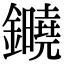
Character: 䥵